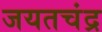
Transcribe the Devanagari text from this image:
जयतचंद्र